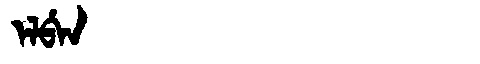
Manchu: ᡝᠯᠪᡝᠨ
Romanization: ELBEN